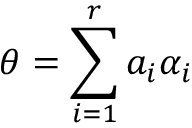
\theta = \sum _ { i = 1 } ^ { r } a _ { i } \alpha _ { i }